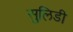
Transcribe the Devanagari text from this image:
सुलिडी